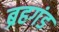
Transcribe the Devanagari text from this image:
ब्रहगंड